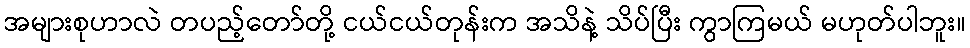
အများစုဟာလဲ တပည့်တော်တို့ ငယ်ငယ်တုန်းက အသိနဲ့ သိပ်ပြီး ကွာကြမယ် မဟုတ်ပါဘူး။